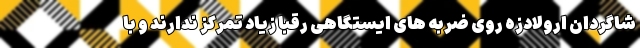
شاگردان ارولادزه روی ضربه های ایستگاهی رقبا زیاد تمرکز ندارند و با